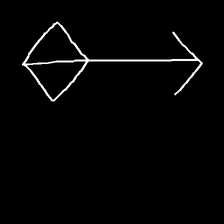
Glyph: focus